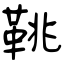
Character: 鞉